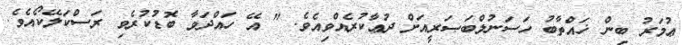
ޢުމަރު ބިން ޚައްތާބު ހަސަނުލްބަޞަރީއަށް ދުޢާކުރެއްވިއެވެ. " އޭ ހައްދަވާ ބޮޑުކުރެވި ރަސްކަލޭކޯއެވެ.